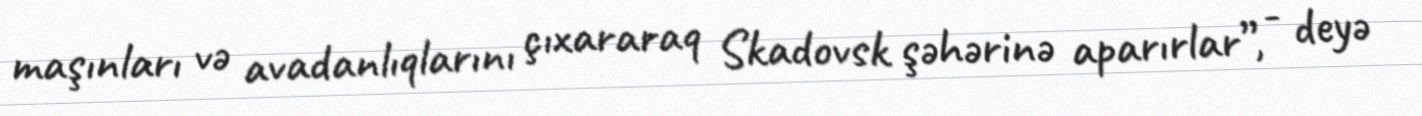
maşınları və avadanlıqlarını çıxararaq Skadovsk şəhərinə aparırlar”, - deyə